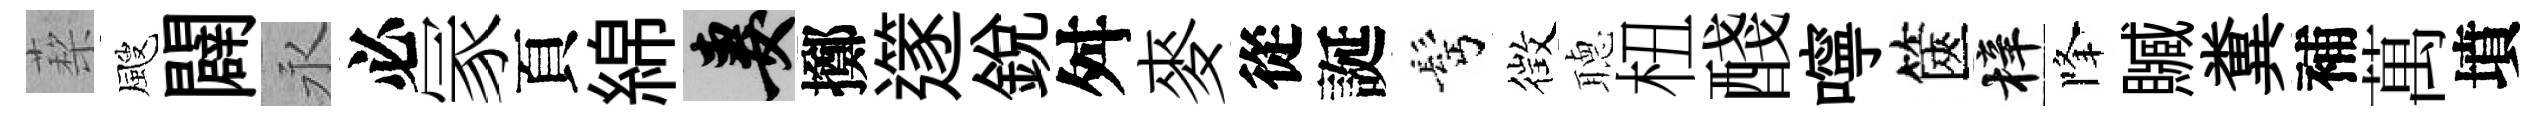
蔾颼闢永必冡頁綿妻擲𨗹銳舛麥從誕髩徴𦗟杻醆嚀篋梓降贓糞補萬墳